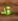
قد